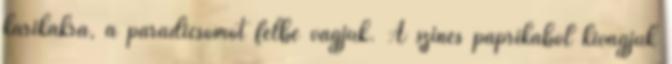
karikákra, a paradicsomot félbe vágjuk. A színes paprikából kivágjuk